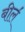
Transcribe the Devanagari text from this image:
बील॔